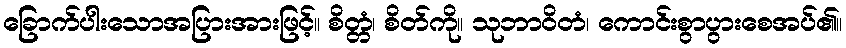
ခြောက်ပါးသောအပြားအားဖြင့်။ စိတ္တံ၊ စိတ်ကို။ သုဘာဝိတံ၊ ကောင်းစွာပွားစေအပ်၏။